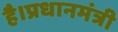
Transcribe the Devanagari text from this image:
है।प्रधानमंत्री